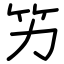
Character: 竻